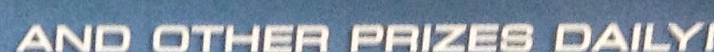
AND OTHER PRIZES DAILY!